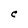
Character: C